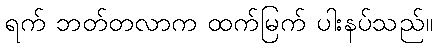
ရက် ဘတ်တလာက ထက်မြက် ပါးနပ်သည်။